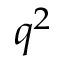
q ^ { 2 }